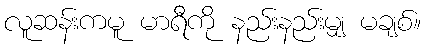
လူဆန်းကမူ မာရီကို နည်းနည်းမျှ မချစ်။